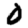
Digit: 0